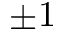
\pm 1